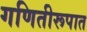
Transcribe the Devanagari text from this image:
गणितीरूपात